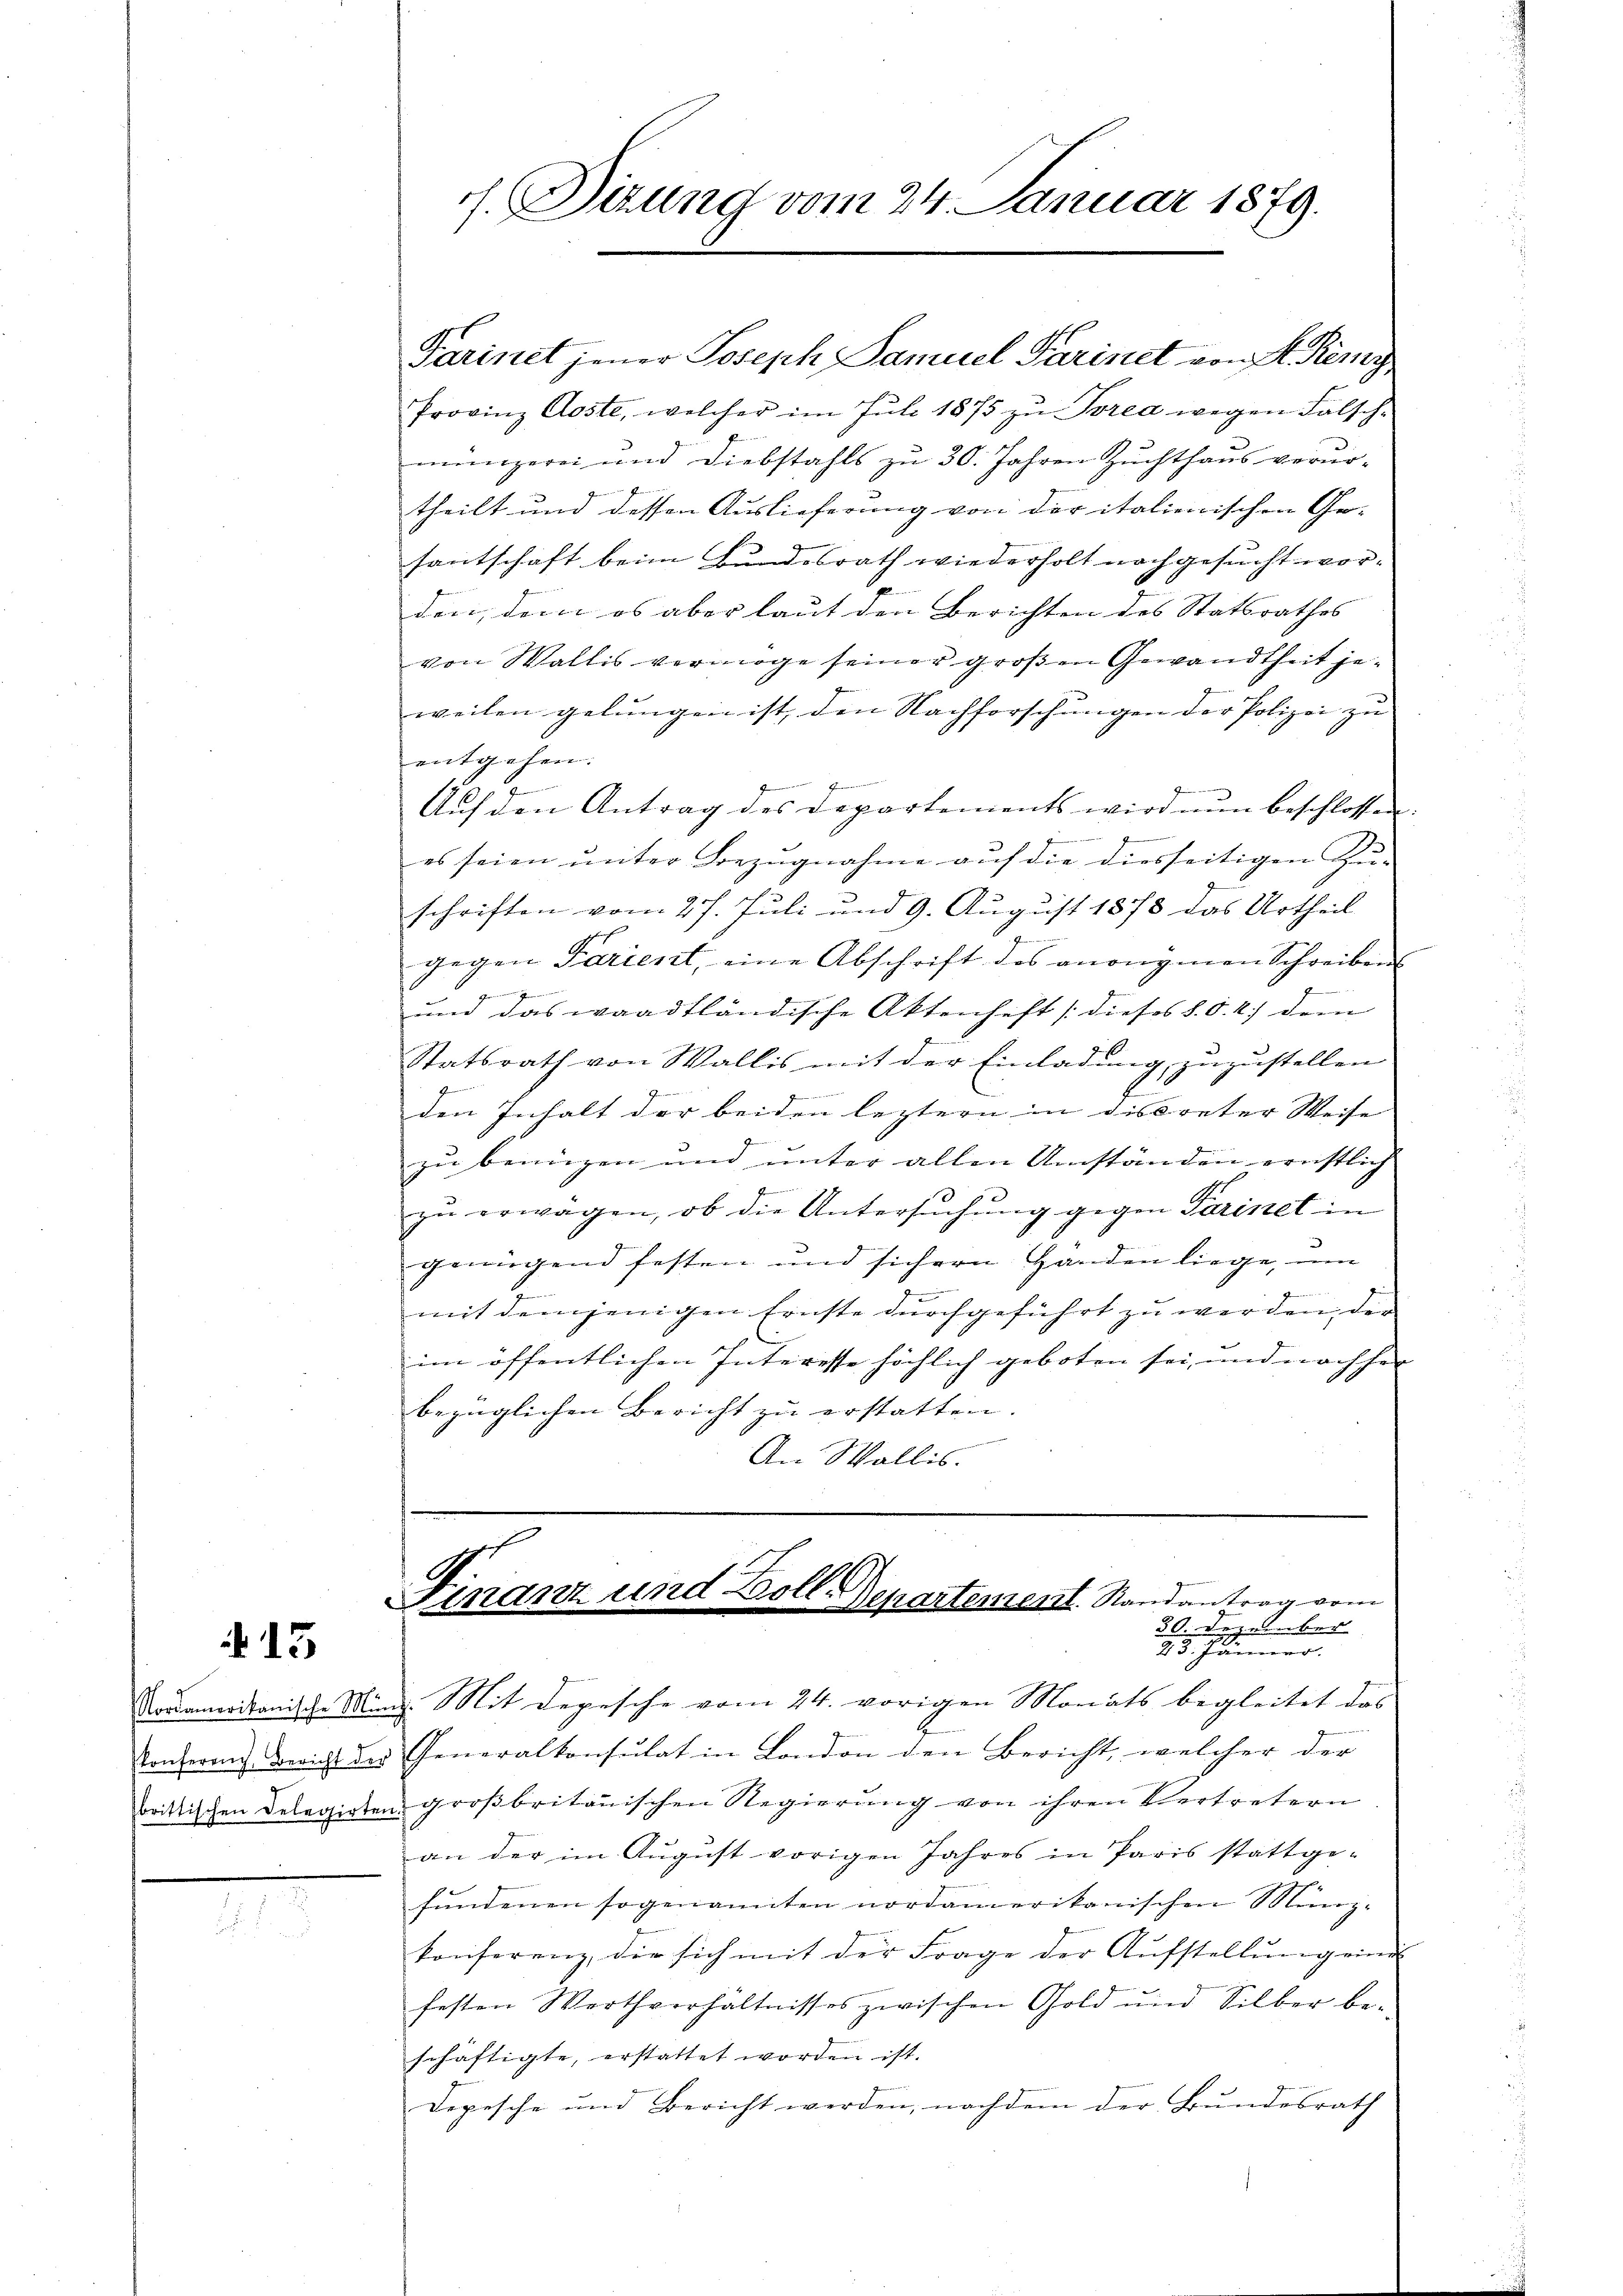
15

Provinz Aoste, welcher im Juli 1875 zu Torea wegen Falschmüngerei und Diebstahls zu 30. Jahren Zuchthaus verur-
theilt und dessen Auslieferung von der italienischen Ge- |
santschaft beim Bundesrath wiederholt nachgesucht worden, dem es aber laut den Berichten des Statsrathes
von Wallis vermöge seiner großen Gewandtheit jeweilen gelungen ist, den Nachforschungen der Polizei zu
entgehen.
verei
Aŭf den Antrag des Departements wird nun beschlossen
es seien unter Bezugnahme auf die diesseitigen Zu-
schriften vom 27. Juli und 9. August 1878 das Urtheil
gegen Parient, eine Abschrift des anonymen Schreibens
r
um das waadtländische Aktenheft (dieses S. O. R.) dem
Statsrath von Wallis mit der Einladung zuzustellen
Letter den seine an der
den Inhalt der beiden leztern in die reter Weise
zu benügen und unter allen Umständen ernstlich
z

zŭ erwägen, ob die Untersŭchŭng gegen Paristet in
genügend festen und sichern Händen liege, um
mit demjenigen Ernste durchgeführt zu werden, der
im öffentlichen Interesse höchlich geboten sei, und nachher
bezüglichen Bericht zu erstatten.
An Wallis.

h. Sitzung vom 24. Januar 1879.

Farinet jener Joseph Samuel Parinet von H. Remy,

Finanz und Boll Departement. Randantrag vom
30. Dezember
25. Jänner.

Nordamerikanische Ming. Mit Depesche vom 24. vorigen Monats begleitet das
Konferenz Bericht der Generalkonsulat in London den Bericht, welcher der
brittischen Delegirten großbritanischen Regierung von ihren Vertretern
an der im August vorigen Jahres in Paris stattge-
fundenen sogenannten nordamerikanischen Münz-
konferenz, die sich mit der Frage der Aufstellung eine
festen Worthverhältnisses zwischen Gold und Silber be-
schäftigte, erstattet worden ist.
Depesche und Bericht werden, nachdem der Bundesrath